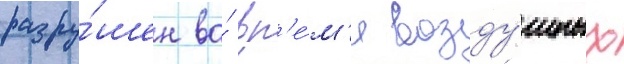
разру́шен во́ вр'е́м'я возду́шных